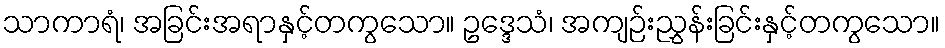
သာကာရံ၊ အခြင်းအရာနှင့်တကွသော။ ဥဒ္ဒေသံ၊ အကျဉ်းညွှန်းခြင်းနှင့်တကွသော။